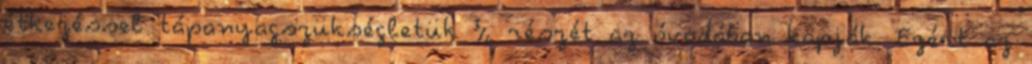
étkezéssel tápanyagszükségletük ¾ részét az óvodában kapják. Ezért az